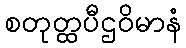
စတုတ္ထပီဌဝိမာနံ